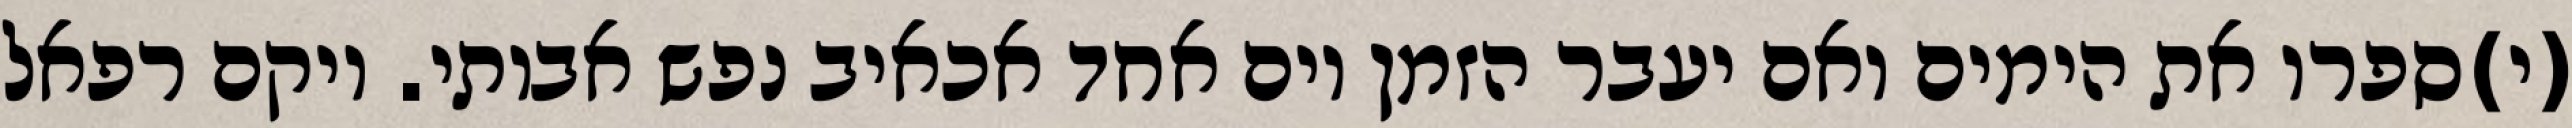
(י)ספרו את הימים ואם יעבר הזמן יום אחד אכאיב נפש אבותי. ויקם רפאל